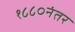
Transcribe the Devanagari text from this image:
१८८०नंतर